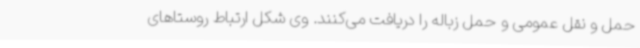
حمل و نقل عمومی و حمل زباله را دریافت می‌کنند. وی شکل ارتباط روستاهای